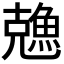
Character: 𠓈